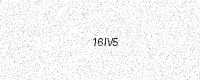
Text: 16IV5